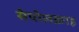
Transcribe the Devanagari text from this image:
सेपोलक्राइ